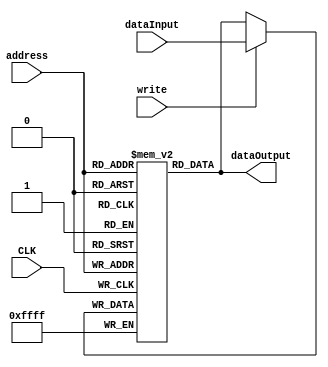
`timescale 1ns / 1ps
/*
 * Module used for storage whenever needed
 *
 */

module SRAM #(parameter
        A = 7, // address [depth]
        W = 16 // Word length
    )(
        input [A-1:0] address, //address of ip/op select line
        input [W-1:0] dataInput,
        output [W-1:0] dataOutput,
        input write,
        input CLK
    );

reg [W-1:0] memory [(1<<A)-1:0];


always @(posedge CLK) begin
    memory[address] <= write?dataInput:memory[address];
end

//assign dataOutput = write?{W{1'bz}}:memory[address];
assign dataOutput = memory[address];

integer i;
initial begin 
    for (i=0;i<(1<<A);i=i+1) begin
        memory[i] = 0;
    end
end
endmodule